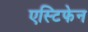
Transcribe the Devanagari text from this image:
एस्टिफेन